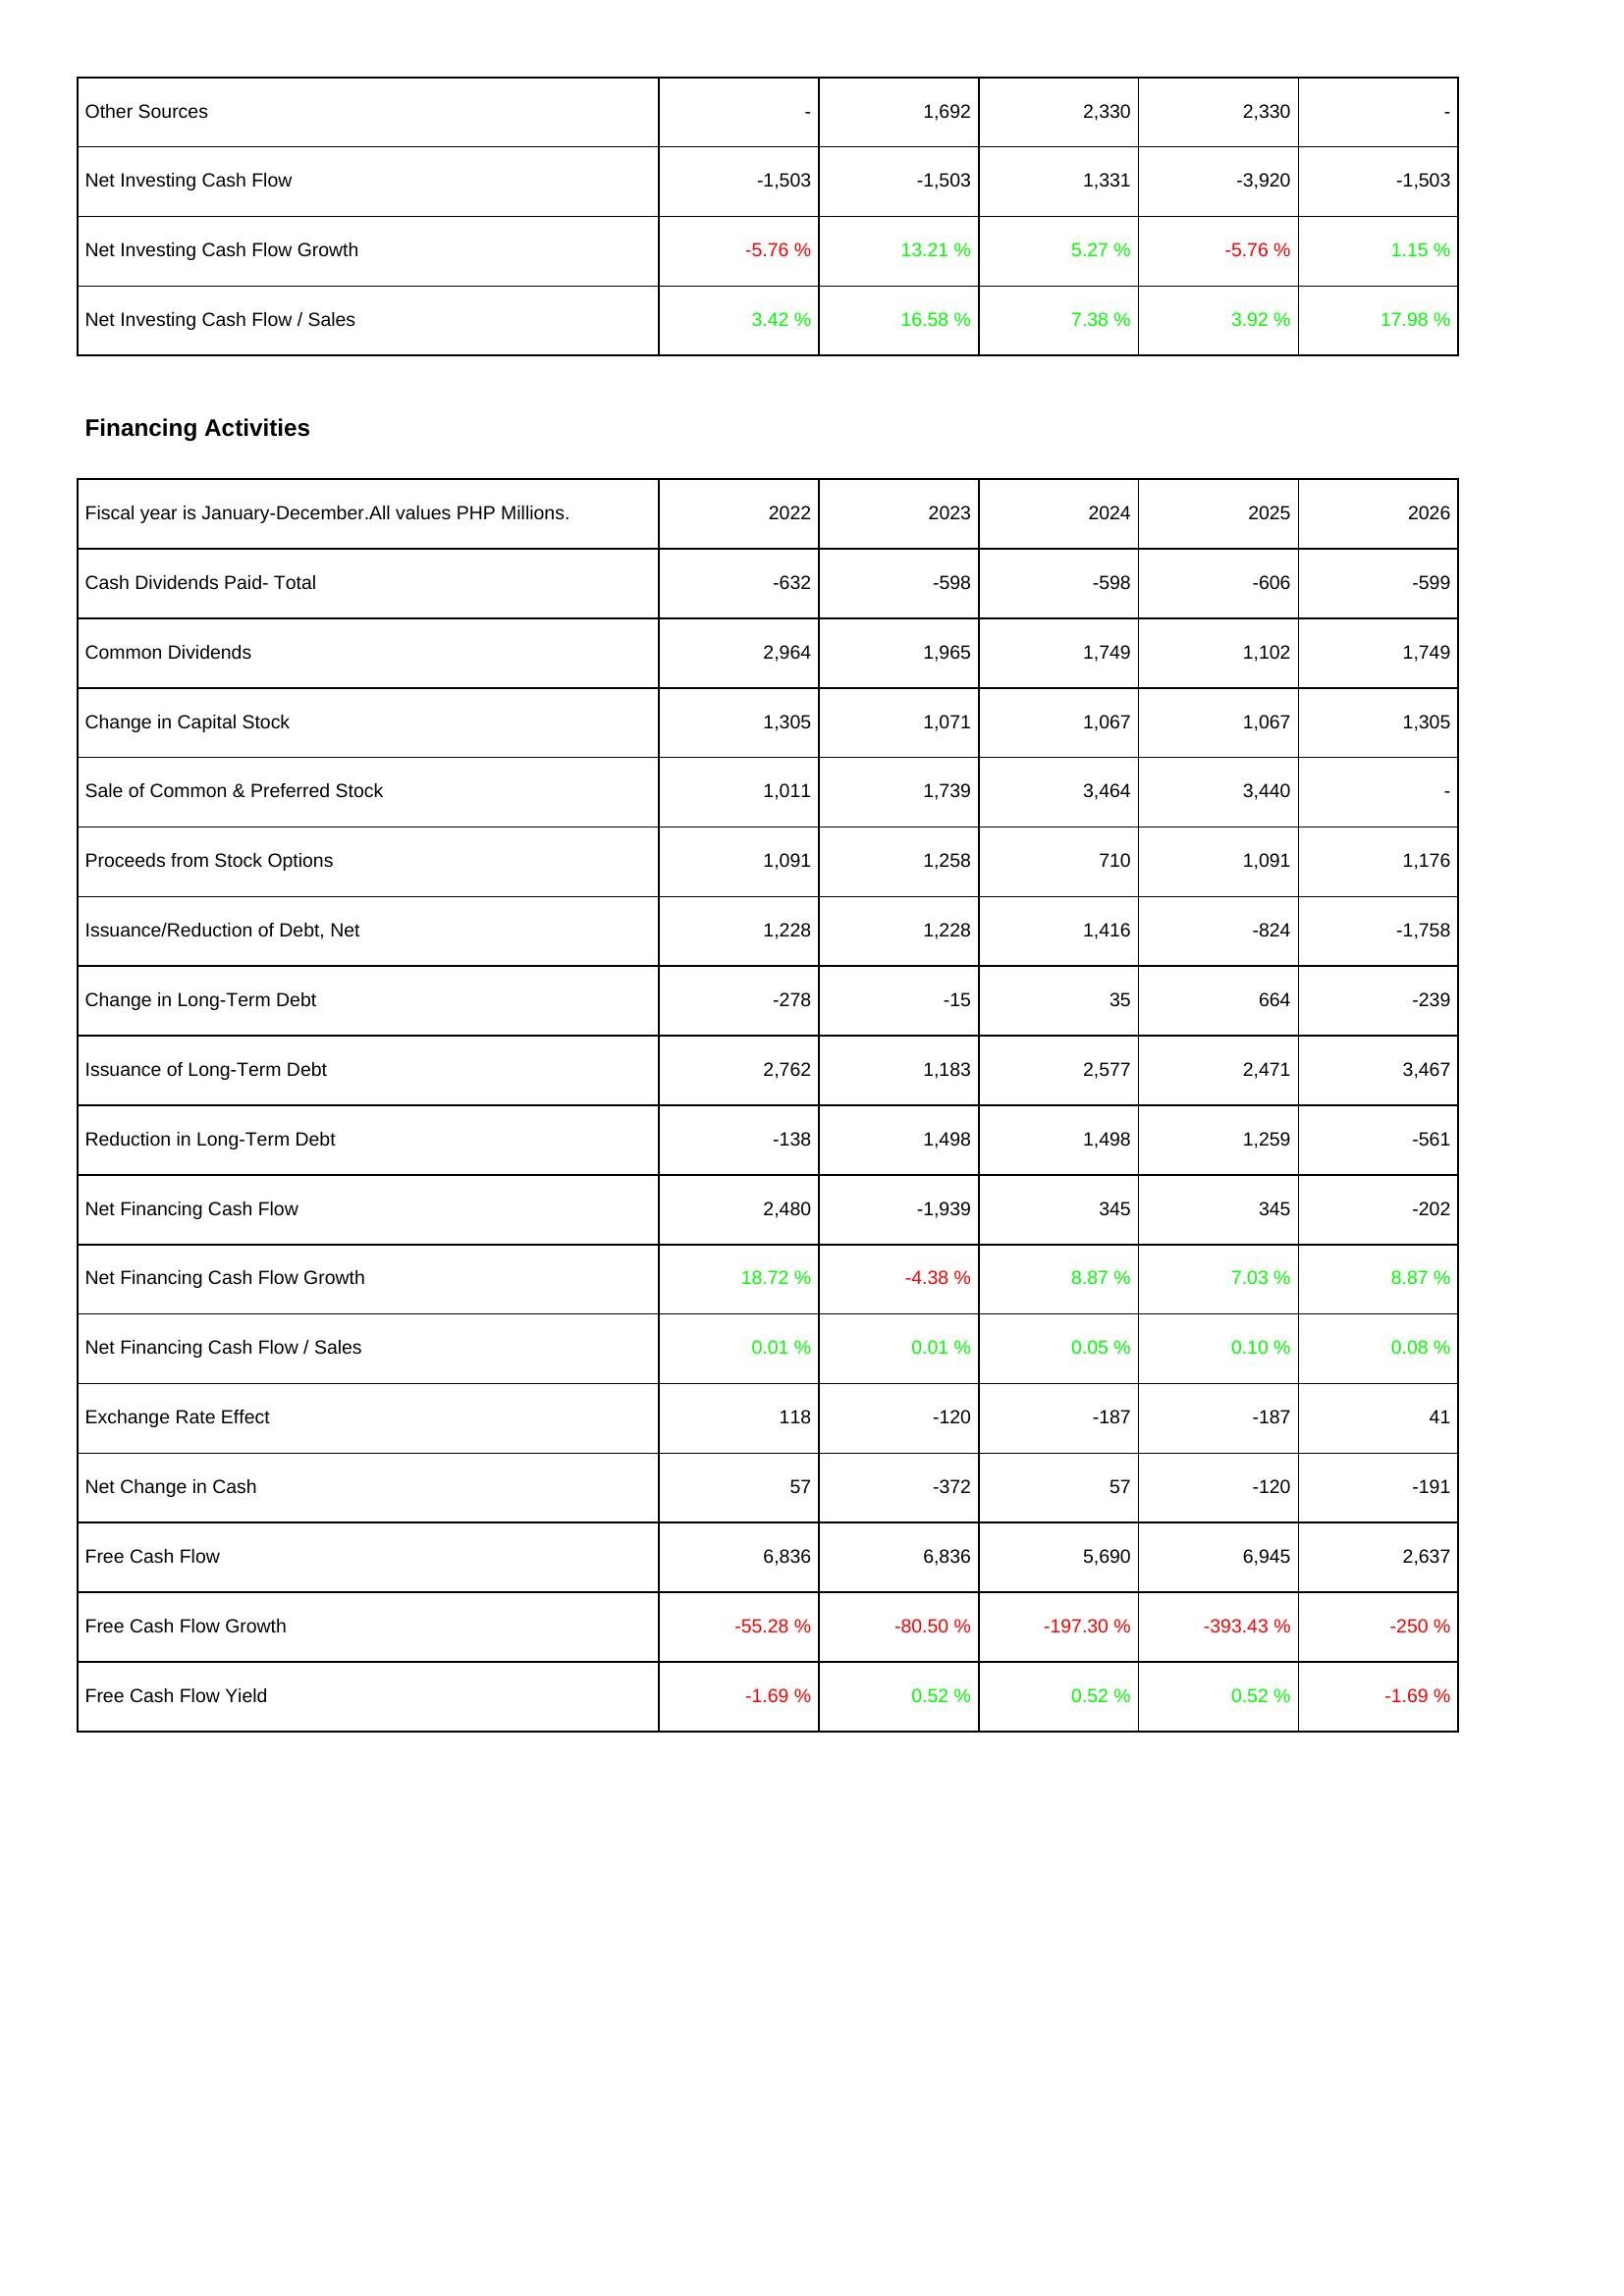
2022: Investing Activities: Other Sources: -
Net Investing Cash Flow: -1,503
Net Investing Cash Flow Growth: -5.76 %
Net Investing Cash Flow / Sales: 3.42 %
Financing Activities: Cash Dividends Paid- Total: -632
Common Dividends: 2,964
Change in Capital Stock: 1,305
Sale of Common & Preferred Stock: 1,011
Proceeds from Stock Options: 1,091
Issuance/Reduction of Debt, Net: 1,228
Change in Long-Term Debt: -278
Issuance of Long-Term Debt: 2,762
Reduction in Long-Term Debt: -138
Net Financing Cash Flow: 2,480
Net Financing Cash Flow Growth: 18.72 %
Net Financing Cash Flow / Sales: 0.01 %
Exchange Rate Effect: 118
Net Change in Cash: 57
Free Cash Flow: 6,836
Free Cash Flow Growth: -55.28 %
Free Cash Flow Yield: -1.69 %
2023: Investing Activities: Other Sources: 1,692
Net Investing Cash Flow: -1,503
Net Investing Cash Flow Growth: 13.21 %
Net Investing Cash Flow / Sales: 16.58 %
Financing Activities: Cash Dividends Paid- Total: -598
Common Dividends: 1,965
Change in Capital Stock: 1,071
Sale of Common & Preferred Stock: 1,739
Proceeds from Stock Options: 1,258
Issuance/Reduction of Debt, Net: 1,228
Change in Long-Term Debt: -15
Issuance of Long-Term Debt: 1,183
Reduction in Long-Term Debt: 1,498
Net Financing Cash Flow: -1,939
Net Financing Cash Flow Growth: -4.38 %
Net Financing Cash Flow / Sales: 0.01 %
Exchange Rate Effect: -120
Net Change in Cash: -372
Free Cash Flow: 6,836
Free Cash Flow Growth: -80.50 %
Free Cash Flow Yield: 0.52 %
2024: Investing Activities: Other Sources: 2,330
Net Investing Cash Flow: 1,331
Net Investing Cash Flow Growth: 5.27 %
Net Investing Cash Flow / Sales: 7.38 %
Financing Activities: Cash Dividends Paid- Total: -598
Common Dividends: 1,749
Change in Capital Stock: 1,067
Sale of Common & Preferred Stock: 3,464
Proceeds from Stock Options: 710
Issuance/Reduction of Debt, Net: 1,416
Change in Long-Term Debt: 35
Issuance of Long-Term Debt: 2,577
Reduction in Long-Term Debt: 1,498
Net Financing Cash Flow: 345
Net Financing Cash Flow Growth: 8.87 %
Net Financing Cash Flow / Sales: 0.05 %
Exchange Rate Effect: -187
Net Change in Cash: 57
Free Cash Flow: 5,690
Free Cash Flow Growth: -197.30 %
Free Cash Flow Yield: 0.52 %
2025: Investing Activities: Other Sources: 2,330
Net Investing Cash Flow: -3,920
Net Investing Cash Flow Growth: -5.76 %
Net Investing Cash Flow / Sales: 3.92 %
Financing Activities: Cash Dividends Paid- Total: -606
Common Dividends: 1,102
Change in Capital Stock: 1,067
Sale of Common & Preferred Stock: 3,440
Proceeds from Stock Options: 1,091
Issuance/Reduction of Debt, Net: -824
Change in Long-Term Debt: 664
Issuance of Long-Term Debt: 2,471
Reduction in Long-Term Debt: 1,259
Net Financing Cash Flow: 345
Net Financing Cash Flow Growth: 7.03 %
Net Financing Cash Flow / Sales: 0.10 %
Exchange Rate Effect: -187
Net Change in Cash: -120
Free Cash Flow: 6,945
Free Cash Flow Growth: -393.43 %
Free Cash Flow Yield: 0.52 %
2026: Investing Activities: Other Sources: -
Net Investing Cash Flow: -1,503
Net Investing Cash Flow Growth: 1.15 %
Net Investing Cash Flow / Sales: 17.98 %
Financing Activities: Cash Dividends Paid- Total: -599
Common Dividends: 1,749
Change in Capital Stock: 1,305
Sale of Common & Preferred Stock: -
Proceeds from Stock Options: 1,176
Issuance/Reduction of Debt, Net: -1,758
Change in Long-Term Debt: -239
Issuance of Long-Term Debt: 3,467
Reduction in Long-Term Debt: -561
Net Financing Cash Flow: -202
Net Financing Cash Flow Growth: 8.87 %
Net Financing Cash Flow / Sales: 0.08 %
Exchange Rate Effect: 41
Net Change in Cash: -191
Free Cash Flow: 2,637
Free Cash Flow Growth: -250 %
Free Cash Flow Yield: -1.69 %